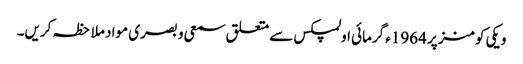
ویکی کومنز پر 1964ء گرمائی اولمپکس سے متعلق سمعی و بصری مواد ملاحظہ کریں۔